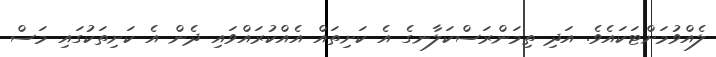
ލެއްވުމަށްޓަކައެވެ. އަދި ތިމަންރަސްކަލާނގެ އެ ކަށިތައް އެއްކުރައްވައި ދެން އެ ކަށިތަކުގައި މަސް